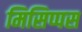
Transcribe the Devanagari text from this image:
मिसिप्पस